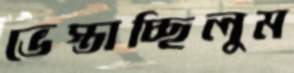
ভেস্তাচ্ছিলুম